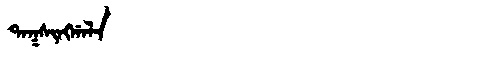
Manchu: ᡨᠠᡴᠰᡳᠩᡤᠠᠯᠠ
Romanization: TAKSINGGALA